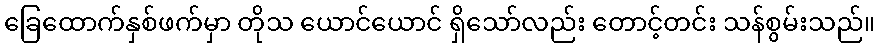
ခြေထောက်နှစ်ဖက်မှာ တိုသ ယောင်ယောင် ရှိသော်လည်း တောင့်တင်း သန်စွမ်းသည်။